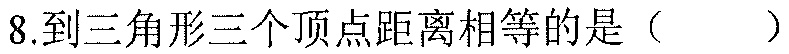
8.到三角形三个顶点距离相等的是（  ）